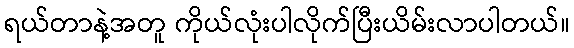
ရယ်တာနဲ့အတူ ကိုယ်လုံးပါလိုက်ပြီးယိမ်းလာပါတယ်။